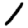
Digit: 1